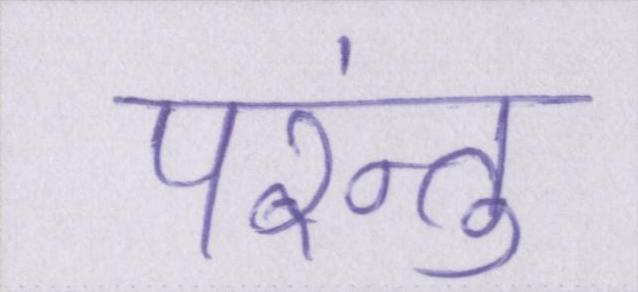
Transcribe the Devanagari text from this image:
परंन्तु